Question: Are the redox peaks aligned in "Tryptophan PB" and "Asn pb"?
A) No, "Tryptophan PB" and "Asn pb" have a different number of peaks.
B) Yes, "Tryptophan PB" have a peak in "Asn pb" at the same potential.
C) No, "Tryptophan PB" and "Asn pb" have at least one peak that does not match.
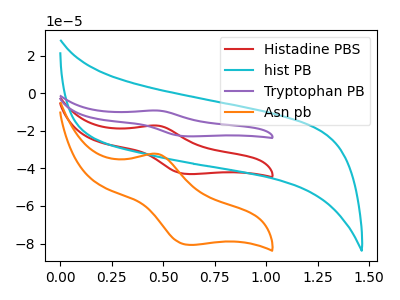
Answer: <think>The red curve "Histadine PBS" has an anodic peak at (0.45V, -17.15uA) and a cathodic peak at (0.60V, -43.00uA). The cyan curve "hist PB" has no peaks. The purple curve "Tryptophan PB" has an anodic peak at (0.45V, -34.35uA) and a cathodic peak at (0.60V, -86.00uA). The orange curve "Asn pb" has an anodic peak at (0.45V, -32.25uA) and a cathodic peak at (0.60V, -80.70uA).</think>
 <answer>B) Yes, "Tryptophan PB" have a peak in "Asn pb" at the same potential.</answer>
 <eval>B</eval>